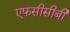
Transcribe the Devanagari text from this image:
एफसीसीबी